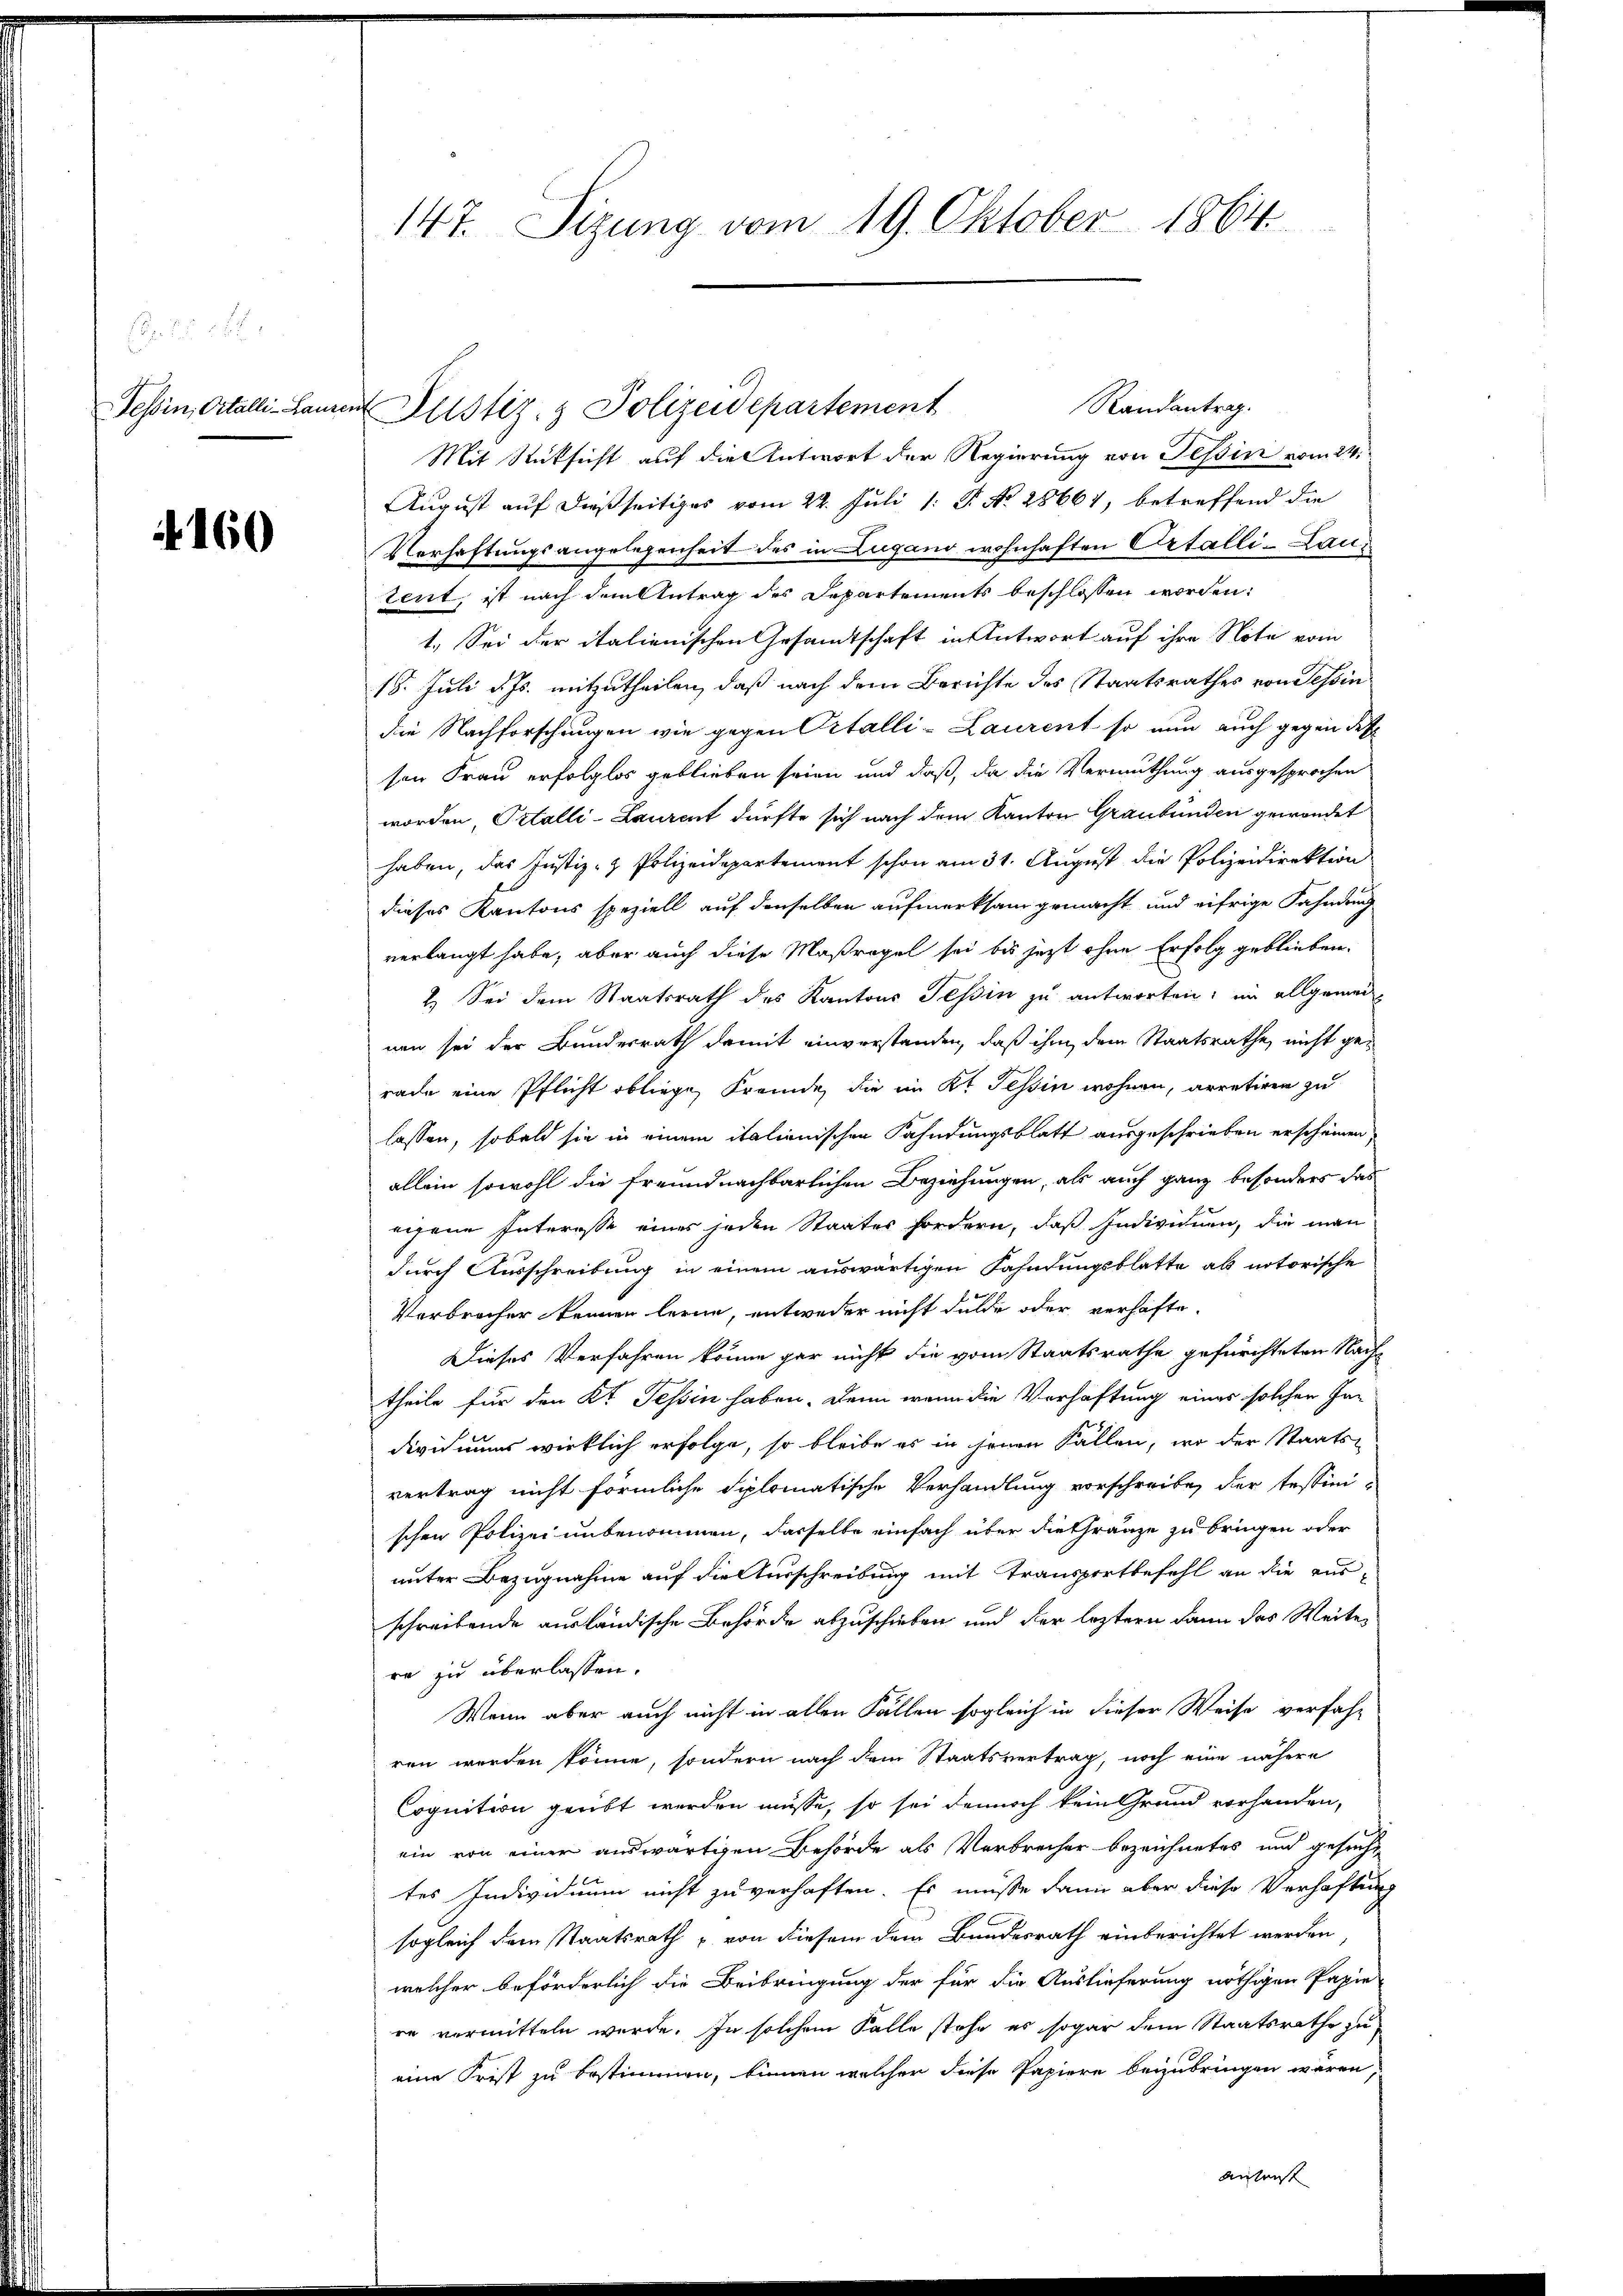
Tessin, Ortalli-Laure

4160

147. Sizung vom 19. Oktober 1864.

Randantrag.
in Justiz- & Polizeidepartement
Mit Rücksicht auf die Antwort der Regierung von Tessin vom 24.
August auf dießseitiges vom 22. Juli 1 S. No 28661, betreffend die
Verhaftungsangelegenheit des in Lugano wohnhaften Ortalli-Lautent, ist nach dem Antrag des Departements beschlossen worden:
1. Sei der italienischen Gesamtschaft in Antwort auf ihre Note vom
18. Juli d. Js. mitzutheilen, daß nach dem Berichte des Staatsrathes von Tessin
die Nachforschungen wie gegen Ortalli-Laurent so nun auch gegen des
sen Frau erfolglos geblieben seien und daß, da die Vermuthung ausgesprochen
worden, Petalli-Laurent dürfte sich nach dem Kanton Graubünden gewendet
haben, das Justiz- & Polizeidepartement schon am 31. August die Polizeidirektion
dieses Kantons speziell auf denselben aufmerksam gemacht und eifrige Fahndruch
verlangt habe, aber auch diese Maßregel sei bis jetzt ohne Erfolg geblieben.
2. Sei dem Staatsrath des Kantons Tessin zu antworten; im allgemein
nen sei der Bundesrath damit einverstanden, daß ihm dem Staatsrathe, nicht gerade eine Pflicht obliege, Fremde, die im Kt. Tessin wohnen, arretiren zu
lassen, sobald sie in einem italienischen Fahndungsblatt ausgeschrieben erscheinen,
allein sowohl die freundnachbarlichen Beziehungen, als auch ganz besonders das
eigene Interesse eines jeden Staates fordern, daß Individuen, die man
durch Ausschreibung in einem auswärtigen Fahndungsblatte als notorische
Verbrecher kennen lerne, entweder nicht dulde oder verhafte.
Dieses Verfahren könne gar nicht die vom Staatsrathe gefürchteten Nachs
theile für den Kt. Tessin haben. Denn wenn die Verhaftung eines solcher In-
dividuums wirklich erfolge, so bleibe es in jenen Fällen, wo der Staats-
vertrag nicht förmliche Siplomatische Verhandlung vorschreibe, der Tessinischen Polizei unbenommen, dasselbe einfach über die Gränze zu bringen oder
unter Bezugnahme auf die Ausschreibung mit Transportbefehl an die ausschreibende ausländische Behörde abzuschieben und der leztern dann das Weiter
re zu überlassen.
Wenn aber auch nicht in allen Fällen sogleich in dieser Weise verfahr
ren werden könne, sondern nach dem Staatsvertrag, noch eine nähere
Cognition geübt werden müsse, so sei dennoch kein Grund vorhanden,
ein von einer auswärtigen Behörde als Verbrecher bezeichnetes und gesucht
tes Individuum nicht zu verhaften. Es müsse dann aber diese Verhaftung
sogleich dem Staatsrath & von diesem dem Bundesrath einberichtet werden
welcher beförderlich die Beibringung der für die Auslieferung nöthigen Papie
re vormitteln werde. In solchem Falle stehe es sogar dem Staatsrathe zu
eine Frist zu bestimmen, binnen welcher diese Papiere beizubringen wären